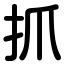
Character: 抓